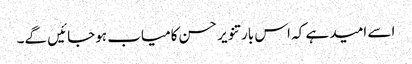
اسے امید ہے کہ اس بار تنویر حسن کامیاب ہوجائیں گے۔